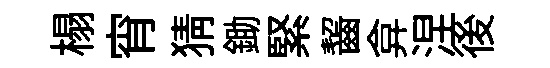
榻宵猜鋤緊齧弇涅後